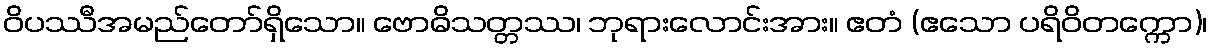
ဝိပဿီအမည်တော်ရှိသော။ ဗောဓိသတ္တဿ၊ ဘုရားလောင်းအား။ ဧတံ (ဧသော ပရိဝိတက္ကော)၊